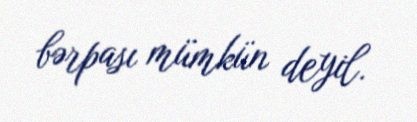
bərpası mümkün deyil.